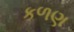
કળણ